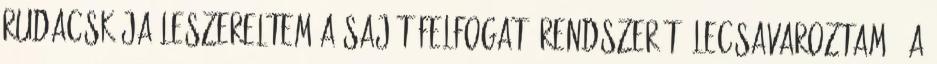
rudacskája leszereltem a saját felfogató rendszerét. lecsavaroztam . A